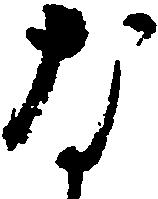
な